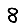
Digit: 8